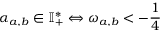
\alpha _ { a , b } \in \mathbb { I } _ { + } ^ { * } \Leftrightarrow \omega _ { a , b } < - \frac { 1 } { 4 }